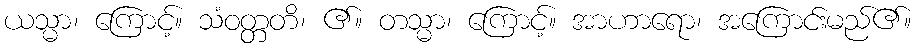
ယသ္မာ၊ ကြောင့်။ သံဝတ္တတိ၊ ၏။ တသ္မာ၊ ကြောင့်။ အာဟာရော၊ အကြောင်းမည်၏။